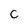
Character: C